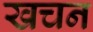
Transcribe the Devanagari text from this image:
खचन